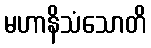
မဟာနိသံသောတိ